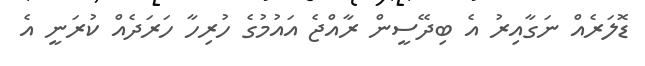
ޑޮލަރެއް ނަގާއިރު އެ ބިދޭސީން ރާއްޖެ އައުމުގެ ހުރިހާ ހަރަދެއް ކުރަނީ އެ